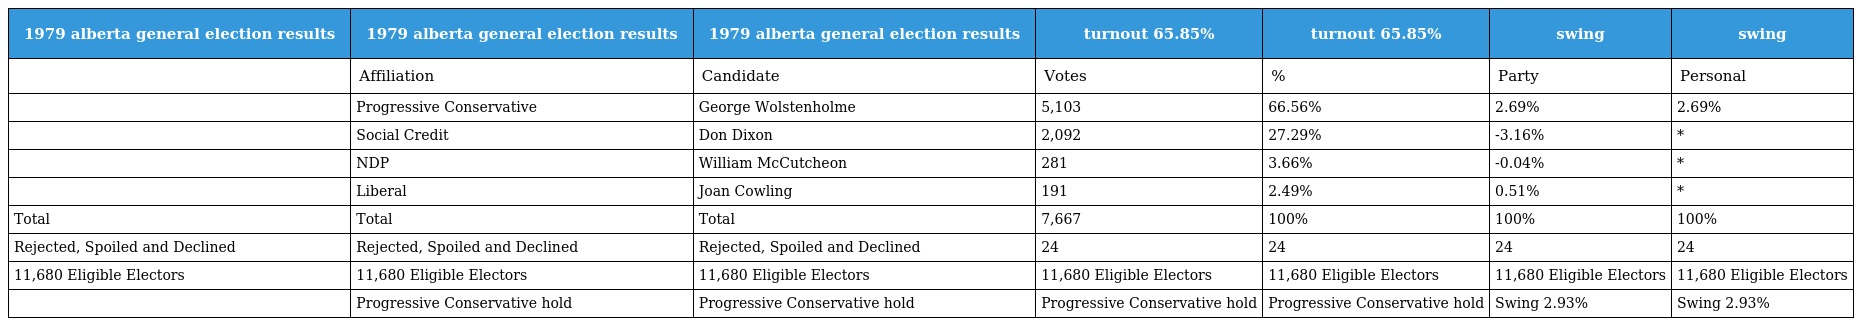
| 1979 alberta general election results | 1979 alberta general election results | 1979 alberta general election results | turnout 65.85% | turnout 65.85% | swing | swing |
 | --- | --- | --- | --- | --- | --- | --- |
 |  | Affiliation | Candidate | Votes | % | Party | Personal |
 |  | Progressive Conservative | George Wolstenholme | 5,103 | 66.56% | 2.69% | 2.69% |
 |  | Social Credit | Don Dixon | 2,092 | 27.29% | -3.16% | * |
 |  | NDP | William McCutcheon | 281 | 3.66% | -0.04% | * |
 |  | Liberal | Joan Cowling | 191 | 2.49% | 0.51% | * |
 | Total | Total | Total | 7,667 | 100% | 100% | 100% |
 | Rejected, Spoiled and Declined | Rejected, Spoiled and Declined | Rejected, Spoiled and Declined | 24 | 24 | 24 | 24 |
 | 11,680 Eligible Electors | 11,680 Eligible Electors | 11,680 Eligible Electors | 11,680 Eligible Electors | 11,680 Eligible Electors | 11,680 Eligible Electors | 11,680 Eligible Electors |
 |  | Progressive Conservative hold | Progressive Conservative hold | Progressive Conservative hold | Progressive Conservative hold | Swing 2.93% | Swing 2.93% |